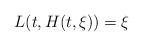
LaTeX: \begin{align*}L(t,H(t,\xi))=\xi \end{align*}